Scottish Leaving Certificate Examination, 1957
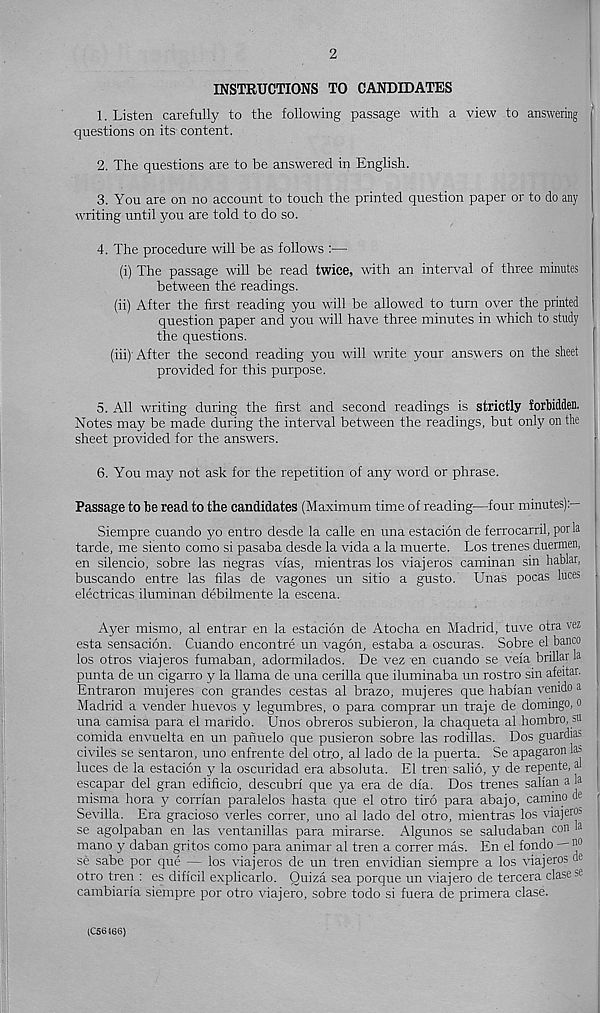
2
INSTRUCTIONS TO CANDIDATES
1. Listen carefully to the following passage with a view to answering
questions on its content.
2. The questions are to be answered in English.
3. You are on no account to touch the printed question paper or to do any
writing until you are told to do so.
4. The procedure will be as follows :—
(i) The passage will be read twice, with an interval of three minutes
between the readings.
(ii) After the first reading you will be allowed to turn over the printed
question paper and you will have three minutes in which to study
the questions.
(hi) After the second reading you will write your answers on the sheet
provided for this purpose.
5. All writing during the first and second readings is strictly forbidden.
Notes may be made during the interval between the readings, but only on the
sheet provided for the answers.
6. You may not ask for the repetition of any word or phrase.
Passage to be read to the candidates (Maximum time of reading—four minutes):—
Siempre cuando yo entro desde la calle en una estacion de ferrocarril, por la
tarde, me siento como si pasaba desde la vida a la muerte. Los trenes duermen,
en silencio, sobre las negras vias, mientras los viajeros caminan sin hablar,
buscando entre las filas de vagones un sitio a gusto. Unas pocas luces
electricas iluminan debilmente la escena.
Ayer mismo, al entrar en la estacion de Atocha en Madrid, tuve otra vez
esta sensacion. Cuando encontre un vagon, estaba a oscuras. Sobre el banco
los otros viajeros fumaban, adormilados. De vez en cuando se veia brillar la
punta de un cigarro y la llama de una cerilla que iluminaba un rostro sin afeitar.
Entraron mujeres con grandes cestas al brazo, mujeres que habian venido a
Madrid a vender huevos y legumbres, o para comprar un traje de domingo, o
una camisa para el marido. Unos obreros subieron, la chaqueta al hombro, su
comida envuelta en un panuelo que pusieron sobre las rodillas. Dos guardian
civile's se sentaron, uno enfrente del otro, al lado de la puerta. Se apagaron las
luces de la estacion y la oscuridad era absoluta. El tren salio, y de repente, al
escapar del gran edificio, descubri que ya era de dia. Dos trenes salian a la
misma hora y corrian paralelos hasta que el otro tiro para abajo, camino de
Sevilla. Era gracioso verles correr, uno al lado del otro, mientras los viajeros
se agolpaban en las ventanillas para mirarse. Algunos se saludaban con •?-
mano y daban gritos como para animar al tren a correr mas. En el fondo 'j 0
se sabe por que — los viajeros de un tren en vidian siempre a los viajeros de
otro tren : es dificil explicarlo. Quiza sea porque un viajero de tercera clasese
cambiaria siempre por otro viajero, sobre todo si fuera de primera clase.
(C56466)